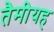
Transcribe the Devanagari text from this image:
तैमीयह